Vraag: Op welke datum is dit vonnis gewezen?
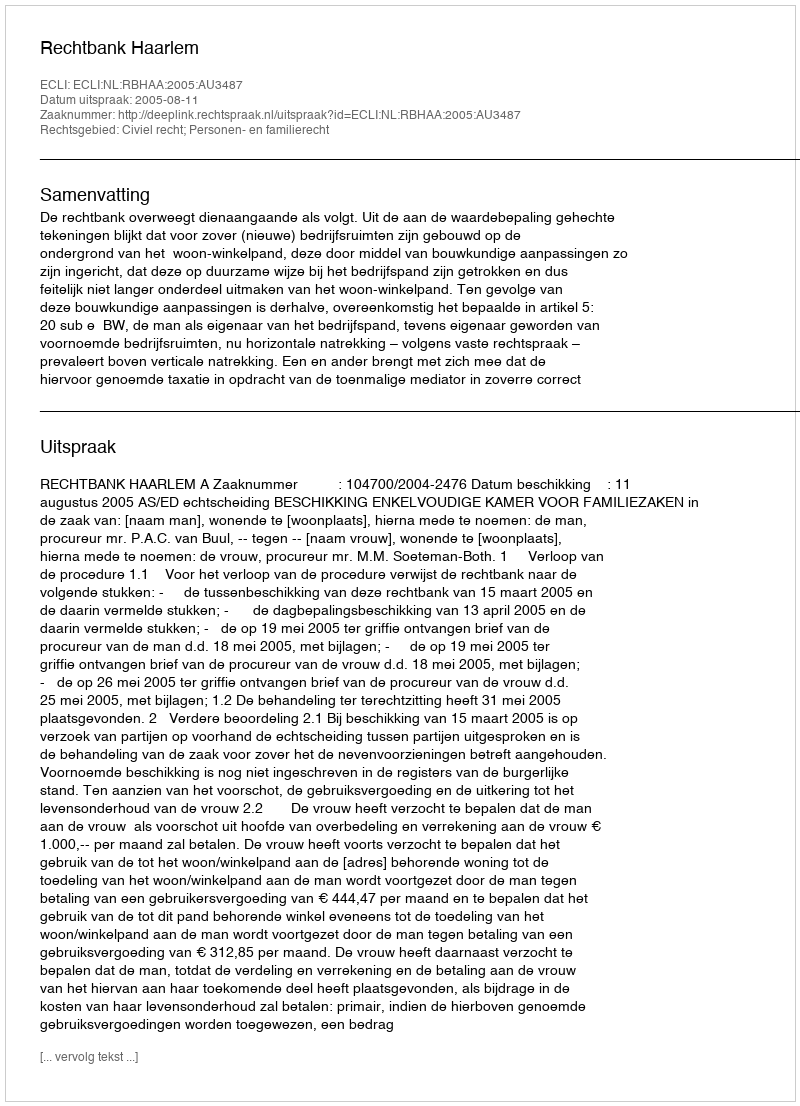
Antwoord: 2005-08-11